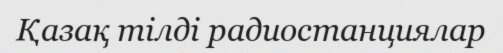
Қазақ тілді радиостанциялар